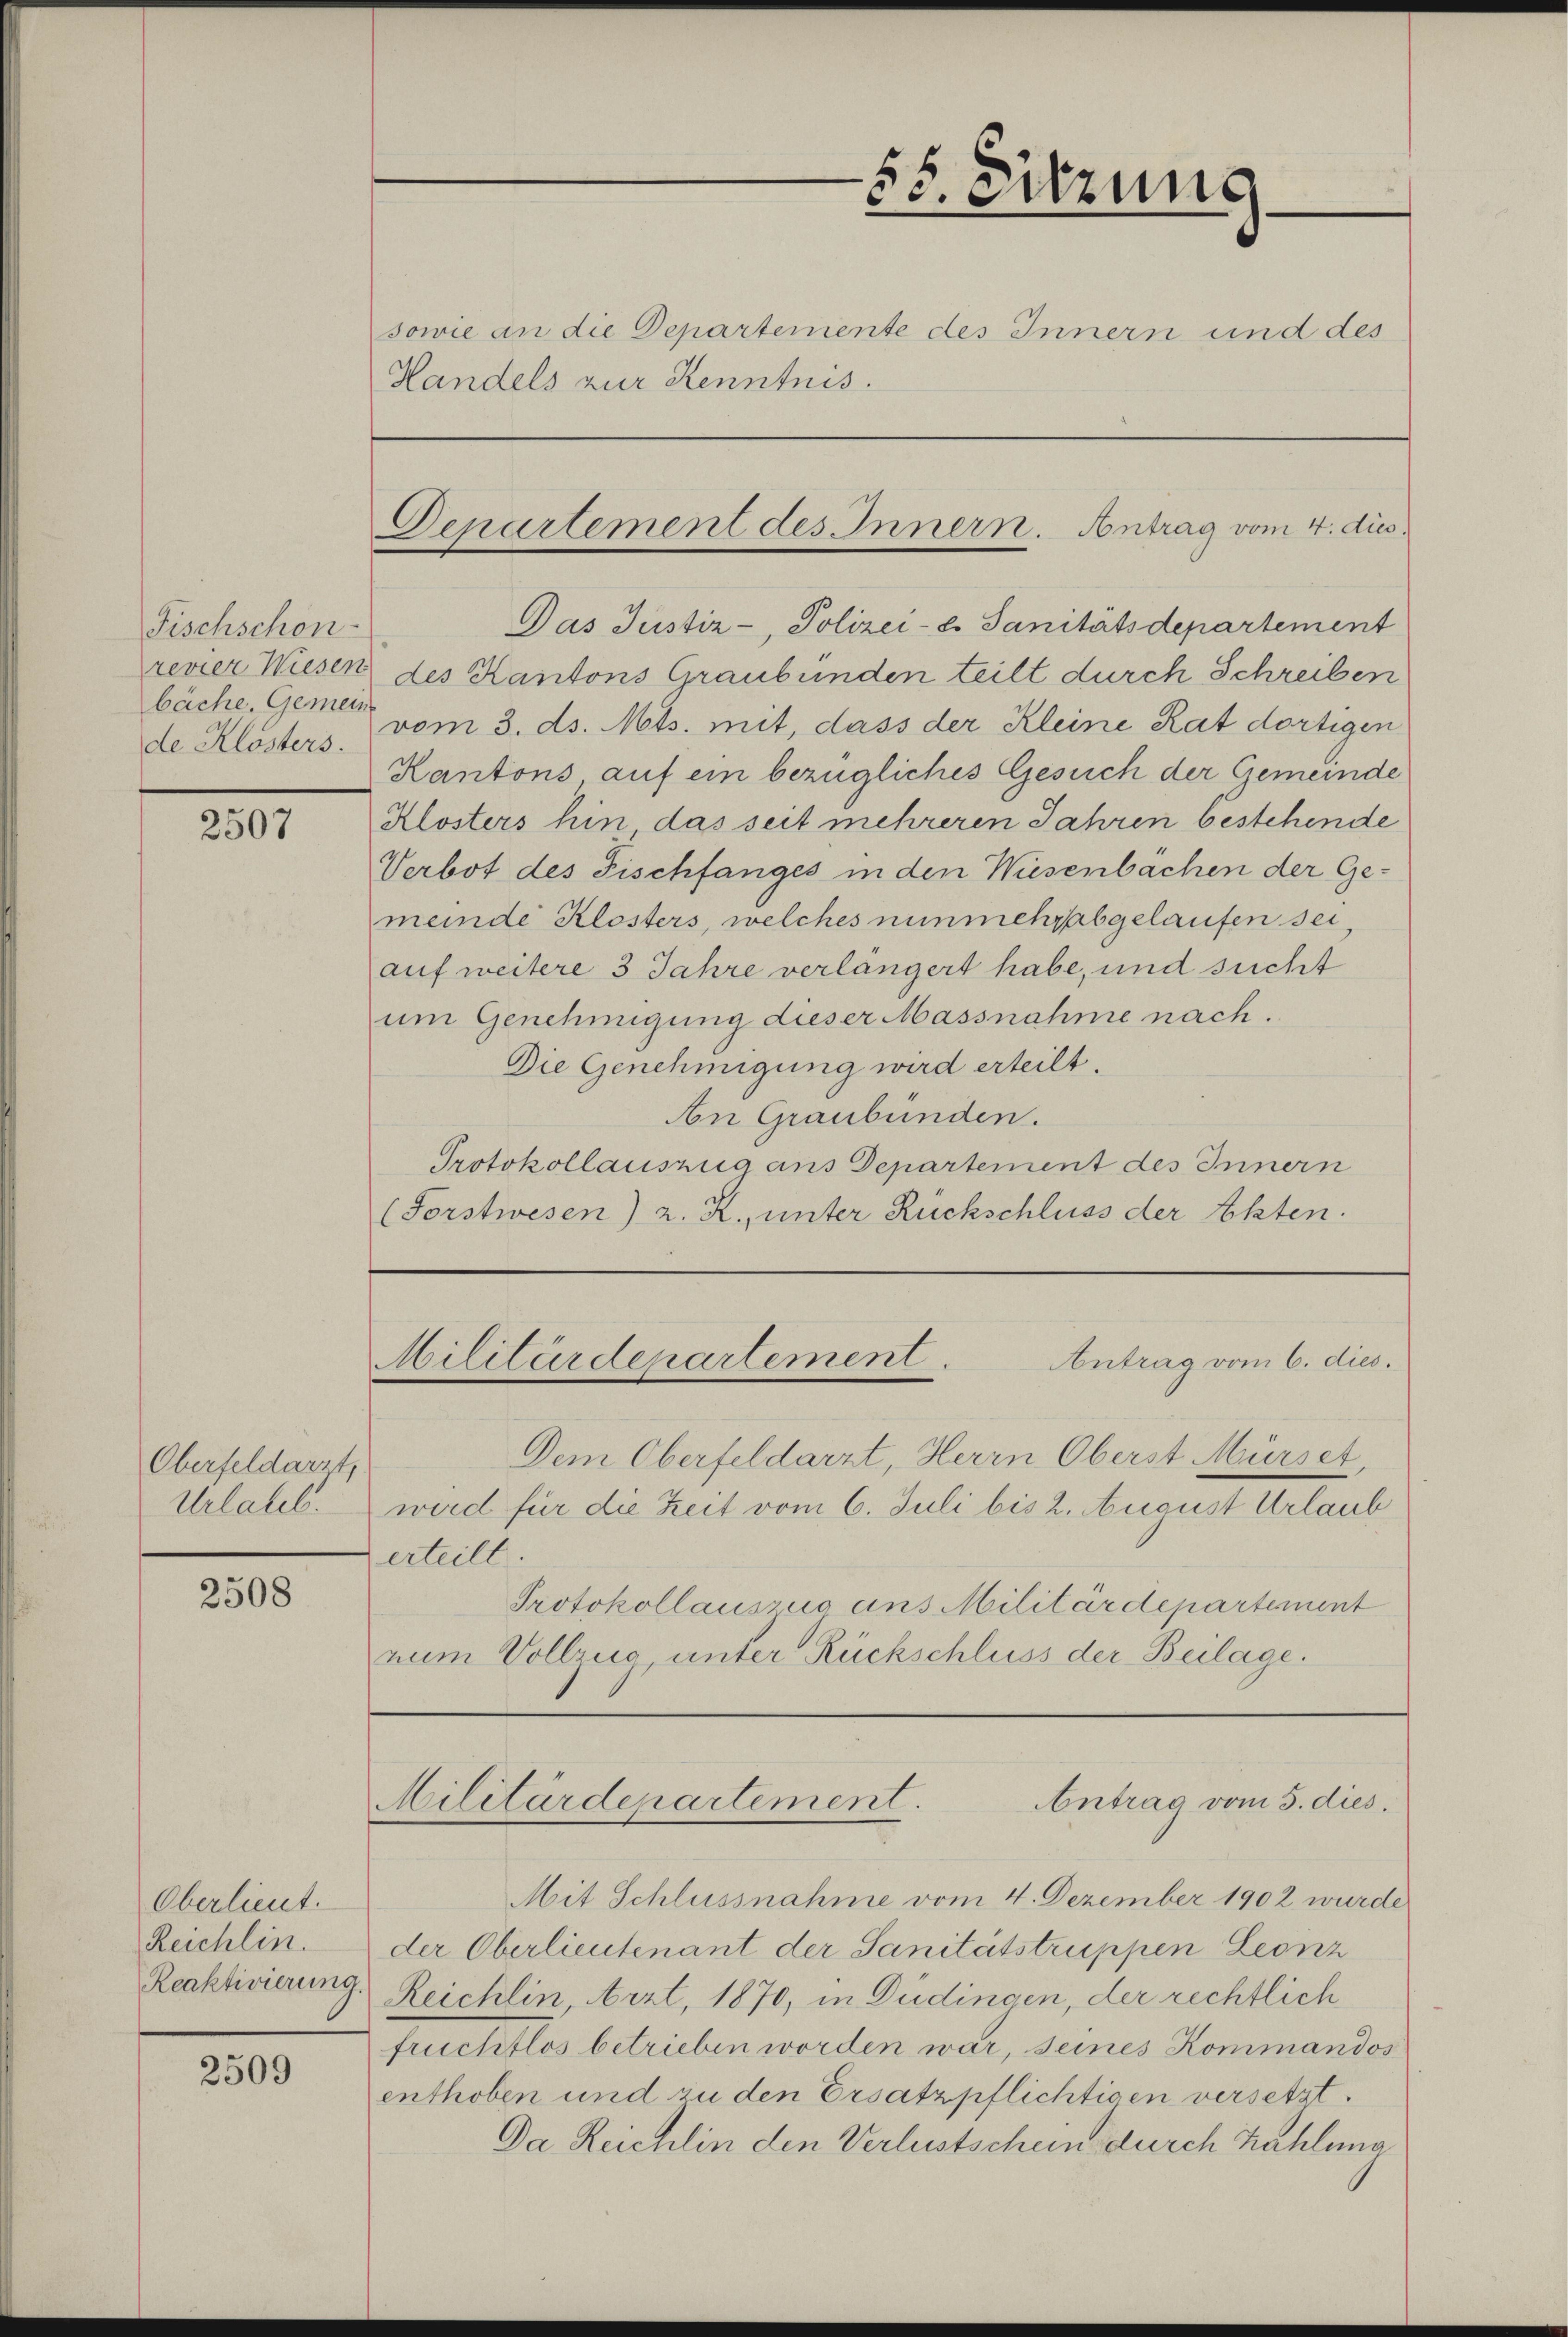
Fischschon
bäche. Gemein
de Klösters.

2507

Oberfeldarzt,
Urlatel.

2508

Oberlieut.
Reichlin.
Reaktivierung.

2509

Das Justiz-, Polizei-. Sanitätsdepartement
revier Wiesen des Kantons Graubünden teilt durch Schreiben
vom 3. ds. Mts. mit, dass der Kleine Rat dortigen
Kantons auf ein bezügliches Gesuch der Gemeinde
Klosters hin das seit mehreren Jahren bestehende
Verbot des Fischfanges in den Wiesenbächen der Ge-
meinde Klosters, welches nunmehr abgelaufen sei,
auf weitere 3 Jahre verlängert habe, und sucht
um Genehmigung dieser Massnahme nach.
Die Genehmigung wird erteilt.
An Graubünden.
Protokollauszug aus Departement des Innern
(Forstwesen) z. R., unter Rückschluss der Akten.

sowie an die Departemente des Innern und des
Handels zur Kenntnis.

Antrag vom 6. dies.
Dem Oberfeldarzt, Herrn Oberst Mürset,
wird für die Zeit vom 6. Juli bis 2. August Urlaub
erteilt.
Protokollauszus ans Militärdepartement
num Vollzug unter Rückschluss der Beilage.

Mit Schlussnahme vom 4. Dezember 1902 wurde
der Oberlieutenant der Sanitätstruppen Leonz
Reichlin, Arzt, 1870, in Dudingen, der rechtlich
fruchtlos betrieben worden war, seines Kommandos
enthoben und zu den Ersatzpflichtigen versetzt.
Da Reichlin den Verlustschein durch Zahlung

85. Sitzung
2

Departement des Innern. Antrag vom 4. dus.

Militärdepartement.

Antrag vom 5. dies
Militärdepartement.